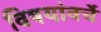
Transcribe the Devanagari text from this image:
विषयांवर्चे